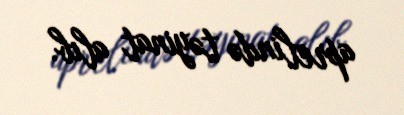
aprelində təyinat alıb.